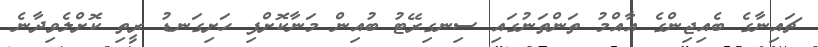
ޗައިނާގެ ބެއިޖިންގެ އާއްމު ތަންތަނުގައި ސިނގިރޭޓު ބުއިން މަނާކޮށްފި ހަށިގަނޑު ރީތި ކޮށްލެވިދާނެ